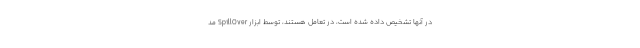
در آنها تشخیص داده شده است، در تعامل هستند، توسط ابزار SpillOver مد